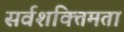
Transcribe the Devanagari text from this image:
सर्वशक्तिमता